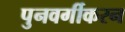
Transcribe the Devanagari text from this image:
पुनवर्गीकरन